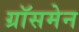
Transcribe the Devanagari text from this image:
ग्रॉसमेन